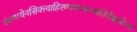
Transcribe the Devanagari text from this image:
पंचगव्येनसिक्त्वाहिरण्यमध्वाज्यतिलैश्चयोज्य